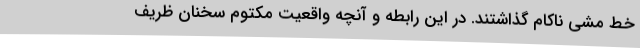
خط مشی ناکام گذاشتند. در این رابطه و آنچه واقعیت مکتوم سخنان ظریف